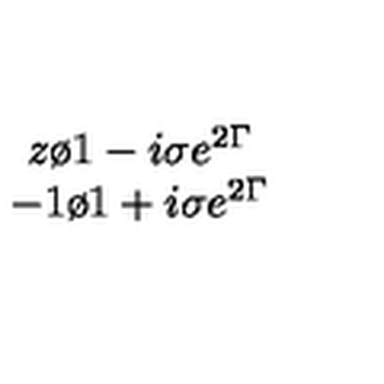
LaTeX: \begin{array} { c } { { z \o { 1 - i \sigma e ^ { 2 \Gamma } } } } \\ { { - 1 \o { 1 + i \sigma e ^ { 2 \Gamma } } } } \\ \end{array}